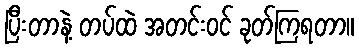
ပြီးတာနဲ့ တပ်ထဲ အတင်းဝင် ခုတ်ကြရတာ။